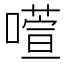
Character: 𫫻